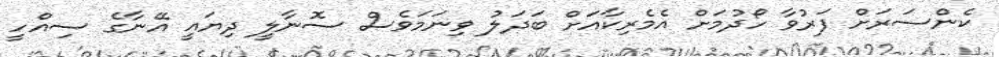
ކެންސަރަށް ފަރުވާ ހޯދުމަށް އެމެރިކާއަށް ބަދަލު ވިނަމަވެސް ސޮނާލީ ދިޔައީ އޭނާގެ ސިއްހީ